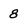
Character: 8